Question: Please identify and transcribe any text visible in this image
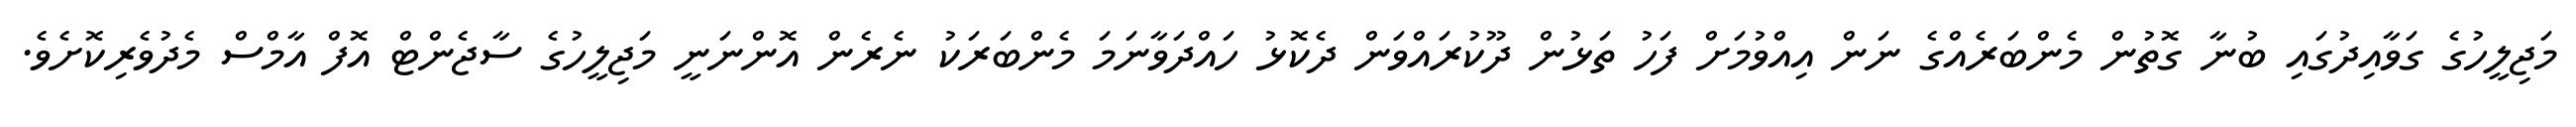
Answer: މަޖިލީހުގެ ގަވާއިދުގައި ބުނާ ގޮތުން މެންބަރެއްގެ ނަން އިއްވުމަށް ފަހު ތަޅުން ދޫކުރައްވަން ދެކޮޅު ހައްދަވާނަމަ މެންބަރަކު ނެރެން އޮންނަނީ މަޖިލީހުގެ ސާޖެންޓް އޮފް އާމްސް މެދުވެރިކޮށެވެ.